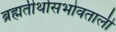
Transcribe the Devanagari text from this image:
ब्रह्मतीर्थासभोवताली